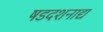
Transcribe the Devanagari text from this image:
षडदशनाद्य